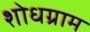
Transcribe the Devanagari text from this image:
शोधग्राम